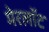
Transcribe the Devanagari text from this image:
मेरलॉट